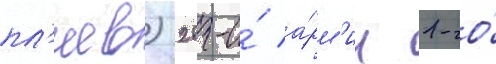
пл'иев) 28-и́ а́рм'ии 1-го́